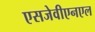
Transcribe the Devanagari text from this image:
एसजेवीएनएल